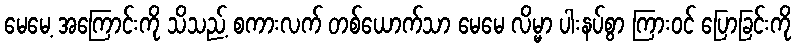
မေမေ့ အကြောင်းကို သိသည့် စကားလက် တစ်ယောက်သာ မေမေ လိမ္မာ ပါးနပ်စွာ ကြားဝင် ပြောခြင်းကို